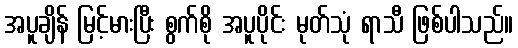
အပူချိန် မြင့်မားပြီး စွက်စို အပူပိုင်း မုတ်သုံ ရာသီ ဖြစ်ပါသည်။